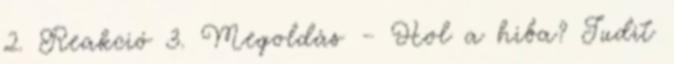
2. Reakció 3. Megoldás – Hol a hiba? Judit